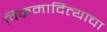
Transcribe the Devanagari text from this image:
विक्रमादित्याचा